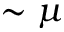
\sim \mu